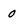
Character: 0